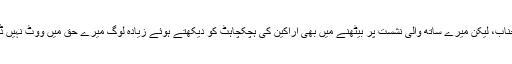
شکریہ جناب، لیکن میرے ساتھ والی نشست پر بیٹھنے میں بھی اراکین کی ہچکچاہٹ کو دیکھتے ہوئے زیادہ لوگ میرے حق میں ووٹ نہیں ڈالیں گے۔